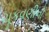
ચૂકવણીનો